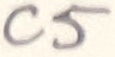
Text: C5